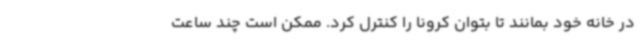
در خانه خود بمانند تا بتوان کرونا را کنترل کرد. ممکن است چند ساعت